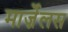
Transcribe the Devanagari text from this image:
मार्ज़ेलस